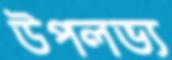
উপলভ্য